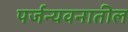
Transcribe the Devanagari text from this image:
पर्जन्यवनातील